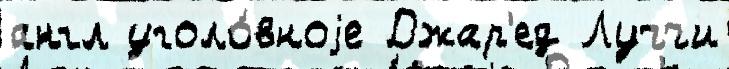
англ уголо́вноjе Джар'ед Луччи